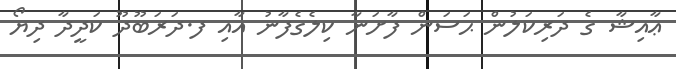
ޢާއިޝާ ގެ ދަރިކަލުން ޙަސަން ފާށަނާ ކިލެގެފާނު އާއި ފ.ދަރަބޫދޫ ކަދީދާ ދިޔޯ